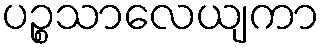
ပဉ္စသာလေယျကာ